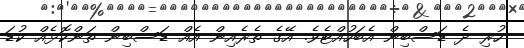
ހުރި ދެ ޑަސްބިން އެބަހުއްޓެވެ. އޭގެ ތެރެއިން އެއް ޑަސްބިން ތަންކޮޅެއް ކުޑަ